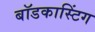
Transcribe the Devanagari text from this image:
बॉडकास्टिंग